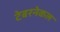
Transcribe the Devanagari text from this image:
टेबरनेकल